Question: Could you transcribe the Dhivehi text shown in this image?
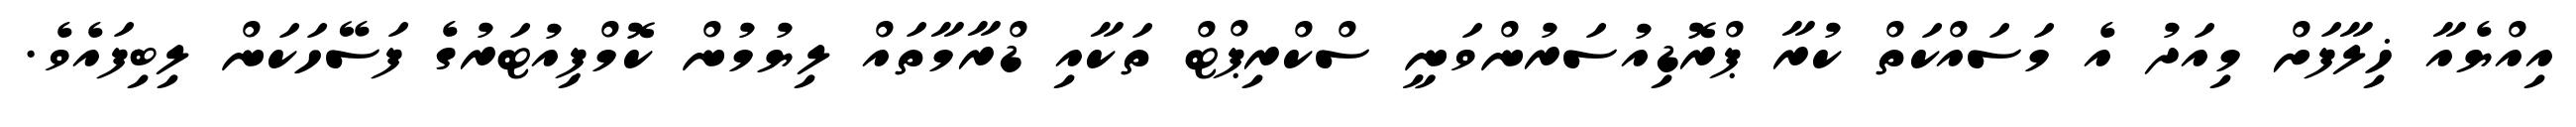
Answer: އިއްޔެއާ ޚިލާފަށް މިއަދު އެ މަސައްކަތް ކުރާ ޕްރޮޑިއުސަރުންވަނީ ސްކްރިޕްޓް ތަކާއި ޑްރާމާތައް ލިޔުމުން ކޮމްޕިއުޓަރުގެ ފަސޭހަކަން ލިބިފައެވެ.